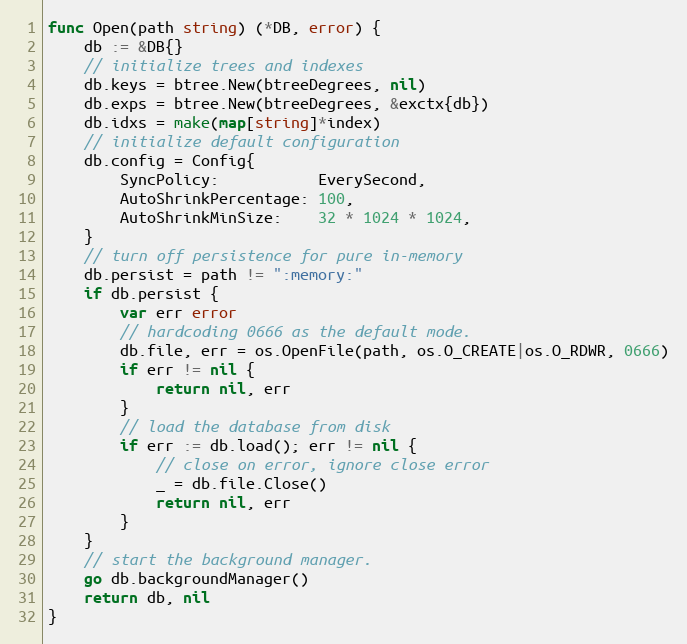
Language: Go
func Open(path string) (*DB, error) {
	db := &DB{}
	// initialize trees and indexes
	db.keys = btree.New(btreeDegrees, nil)
	db.exps = btree.New(btreeDegrees, &exctx{db})
	db.idxs = make(map[string]*index)
	// initialize default configuration
	db.config = Config{
		SyncPolicy:           EverySecond,
		AutoShrinkPercentage: 100,
		AutoShrinkMinSize:    32 * 1024 * 1024,
	}
	// turn off persistence for pure in-memory
	db.persist = path != ":memory:"
	if db.persist {
		var err error
		// hardcoding 0666 as the default mode.
		db.file, err = os.OpenFile(path, os.O_CREATE|os.O_RDWR, 0666)
		if err != nil {
			return nil, err
		}
		// load the database from disk
		if err := db.load(); err != nil {
			// close on error, ignore close error
			_ = db.file.Close()
			return nil, err
		}
	}
	// start the background manager.
	go db.backgroundManager()
	return db, nil
}